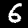
Digit: 6